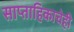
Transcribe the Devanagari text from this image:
साप्ताहिकाचेही